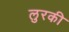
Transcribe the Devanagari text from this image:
लुरकी